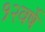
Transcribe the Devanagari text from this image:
१२वर्षे